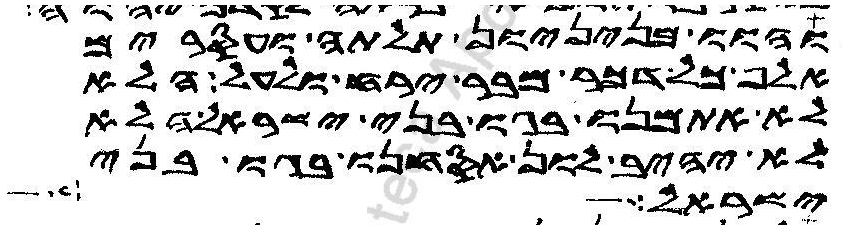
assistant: והוו מניניון תלתה ועסרים
אלף כל דכר מבר ירח ולעל הלא
לא אתמנו בגו בני ישראל הלא
לא יהיב לון אסחנו בגו בני
ישראל